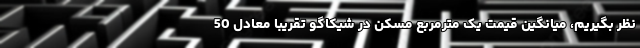
نظر بگیریم، میانگین قیمت یک مترمربع مسکن در شیکاگو تقریبا معادل 50